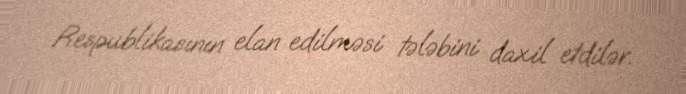
Respublikasının elan edilməsi tələbini daxil etdilər.